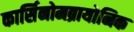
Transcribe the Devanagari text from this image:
कार्सिनोमब्रायोनिक